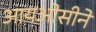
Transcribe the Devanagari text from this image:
आयओसीने